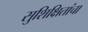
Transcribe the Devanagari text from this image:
सुशिक्षितांचा